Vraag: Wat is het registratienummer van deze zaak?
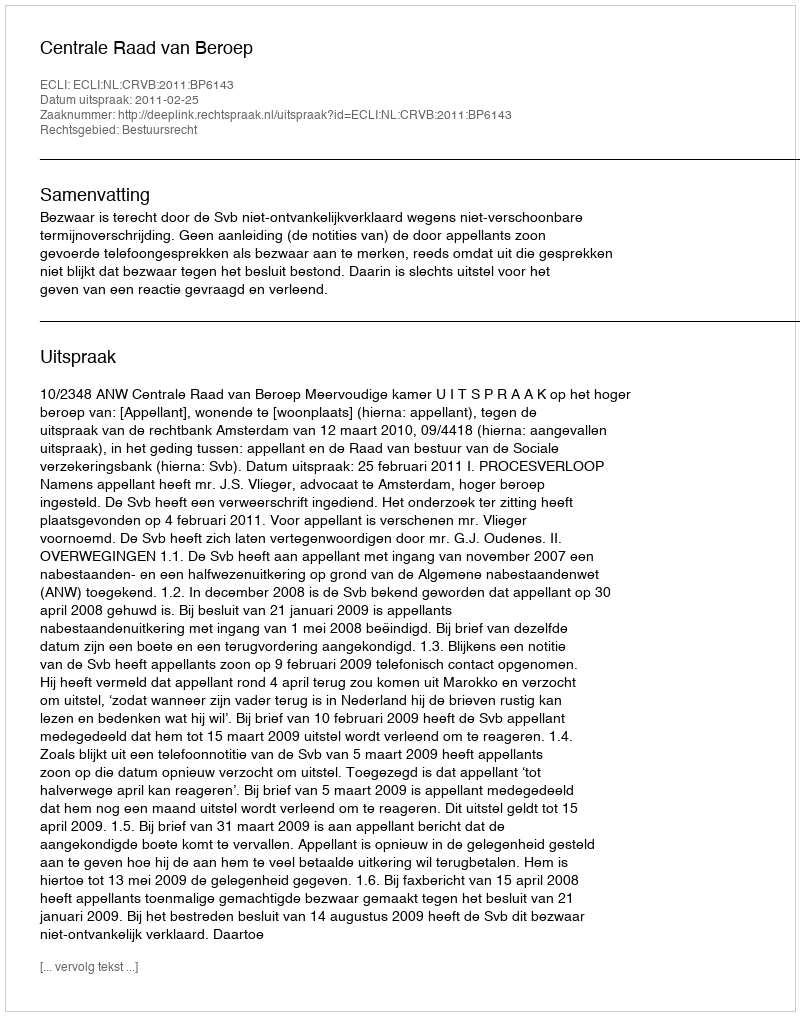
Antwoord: http://deeplink.rechtspraak.nl/uitspraak?id=ECLI:NL:CRVB:2011:BP6143